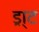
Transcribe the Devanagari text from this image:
ड्रा्ट